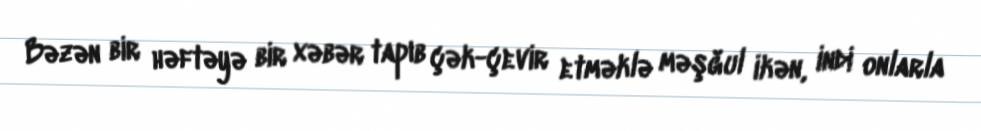
Bəzən bir həftəyə bir xəbər tapıb çək-çevir etməklə məşğul ikən, indi onlarla